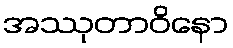
အဿုတာဝိနော